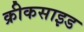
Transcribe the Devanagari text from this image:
क्रीकसाइड